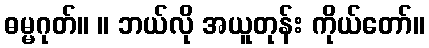
ဓမ္မဂုတ်။ ။ ဘယ်လို အယူတုန်း ကိုယ်တော်။